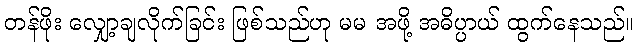
တန်ဖိုး လျှော့ချလိုက်ခြင်း ဖြစ်သည်ဟု မမ အဖို့ အဓိပ္ပာယ် ထွက်နေသည်။